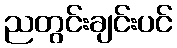
ညတွင်းချင်းပင်